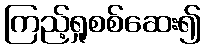
ကြည့်ရှုစစ်ဆေး၍